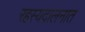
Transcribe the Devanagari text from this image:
रहस्यदालनात